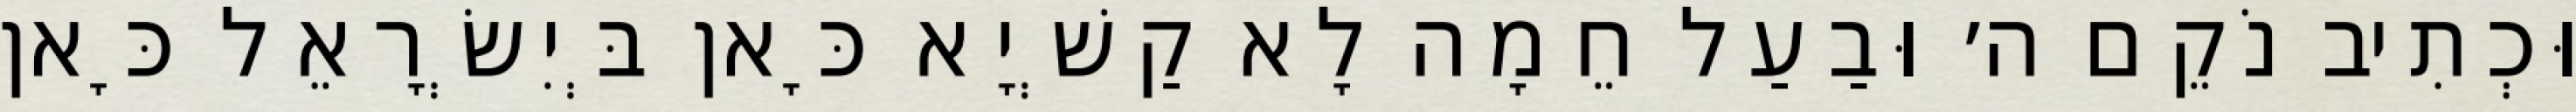
וּכְתִיב נֹקֵם ה׳ וּבַעַל חֵמָה לָא קַשְׁיָא כָּאן בְּיִשְׂרָאֵל כָּאן